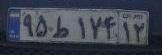
۹۵ط۱۷۴۱۲